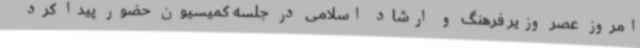
امروز عصر وزیر فرهنگ و ارشاد اسلامی در جلسه کمیسیون حضور پیدا کرد